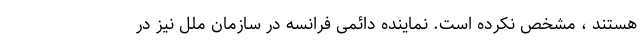
هستند ، مشخص نکرده است. نماینده دائمی فرانسه در سازمان ملل نیز در